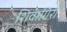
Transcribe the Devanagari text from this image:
शिवागिरी